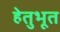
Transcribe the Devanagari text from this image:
हेतुभूत